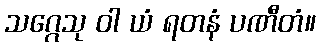
သဂ္ဂေသု ဝါ ယံ ရတနံ ပဏီတံ။